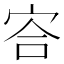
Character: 㝓